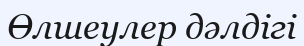
Өлшеулер дәлдігі